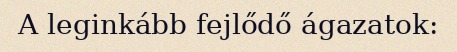
A leginkább fejlődő ágazatok: